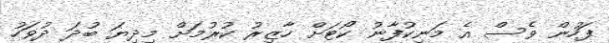
ފަހުން ވެސް އެ މަނިކުފާނު ކޯޓަށް ހާޒިރު ކުރުމަށް މިދިޔަ ބުދަ ދުވަހު